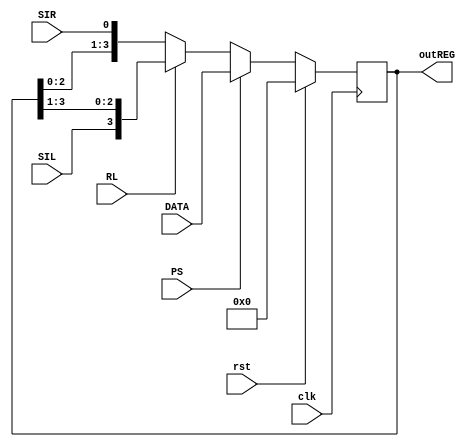
// Shift register with parallel and serial load
//: W-bit parallel input, 1-bit serial input left and 1-bit serial input righ
module shiftREG #(parameter W=4)(clk,rst,PS,RL,SIR,SIL,DATA,outREG); 
input clk,rst,PS,RL,SIR,SIL;
input [W-1:0] DATA;
output reg [W-1:0] outREG;
 
  always @(posedge clk) 
  begin 
    if (rst==1)
		begin
			outREG<=0;
		end
	else if(rst==0)
		begin
		
			if(PS==0)
				begin
					if(RL==0)//shift left
						begin
						
							outREG[W-1:0]<={outREG[W-2:0],SIR};
						end
					else if(RL==1)//shift right
						begin
							outREG[W-1:0]<={SIL,outREG[W-1:1]};
						end
				end
				
			else if(PS==1)//parallel input
				begin
					outREG<=DATA;//load is occurred
				end
		end
  end     
endmodule